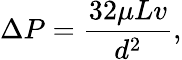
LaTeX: \Delta P={\frac{32\mu Lv}{d^{2}}},